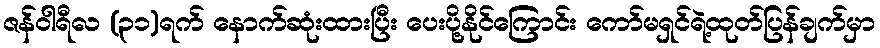
ဇန်ဝါရီလ (၃၁)ရက် နောက်ဆုံးထားပြီး ပေးပို့နိုင်ကြောင်း ကော်မရှင်ရဲ့ထုတ်ပြန်ချက်မှာ